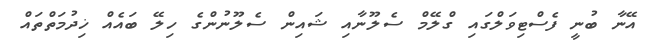
އޭނާ ބުނީ ފެސްޓިވަލްގައި ގްލޭމް ސެލޫނާއި ޝައިން ސެލޫނުންގެ ހިލޭ ބައެއް ޚިދުމަތްތައް